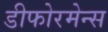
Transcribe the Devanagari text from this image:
डीफोरमेन्स